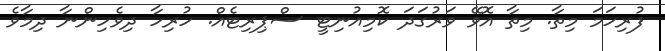
ފުރިހަމަ މިތާ. މިތާ އޮވޭ ވަރުގަދަ ކޮމިއުނިޓީ ސްޕިރިޓެއް. ހުރިހާ ދިވެހިންނާ ދިމާވެ